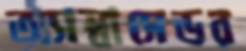
অ্যাম্বাসেডর